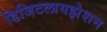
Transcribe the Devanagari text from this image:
डिजिटलायझेशन